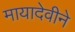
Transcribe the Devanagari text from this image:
मायादेवीने